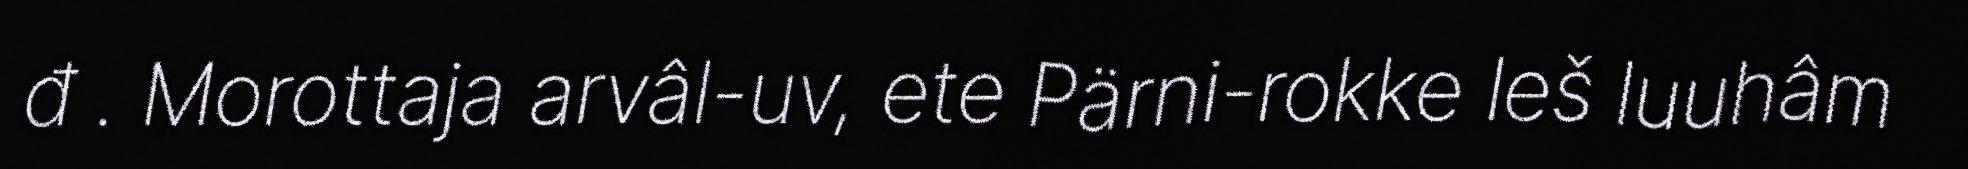
đ . Morottaja arvâl-uv, ete Pärni-rokke leš luuhâm